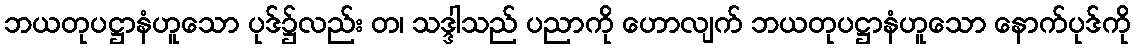
ဘယတုပဋ္ဌာနံဟူသော ပုဒ်၌လည်း တ၊ သဒ္ဒါသည် ပညာကို ဟောလျက် ဘယတုပဋ္ဌာနံဟူသော နောက်ပုဒ်ကို